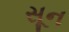
સૂન